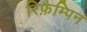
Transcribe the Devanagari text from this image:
रिफ़ैम्पिन